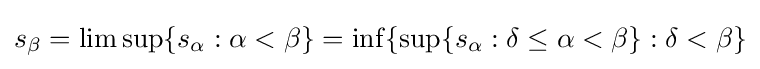
s_{\beta }=\limsup\{s_{\alpha }:\alpha <\beta \}=\inf\{\sup\{s_{\alpha }:\delta \leq \alpha <\beta \}:\delta <\beta \}